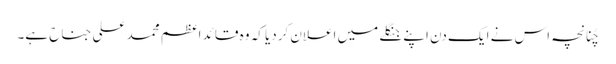
چُنانچہ اس نے ایک دن اپنے جنگلے میں اعلان کردیا کہ وہ قائد اعظم محمد علی جناح ہے۔